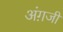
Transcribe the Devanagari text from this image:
अंग़जी